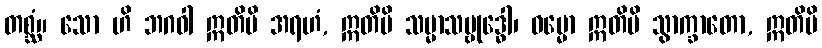
တစ္ဆံ။ သော ဟိ ဘဂဝါ ဣတိပိ အရဟံ, ဣတိပိ သမ္မာသမ္ဗုဒ္ဓေါ၊ ဓမ္မော ဣတိပိ သွာက္ခာတော, ဣတိပိ